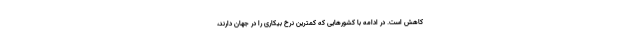
کاهش است. در ادامه با کشورهایی که کمترین نرخ بیکاری را در جهان دارند،